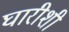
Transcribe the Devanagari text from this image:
घारीशी